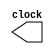
          
module clkgenerator(clock);                 
output reg clock;  
initial
clock = 1;
always 
begin
#3
clock = ~ clock;

end
endmodule
/* this module is made by me to check communication between bus , processor and I/O .. neglect it 
module device(IOIP,IOwrite);
output IOIP;
input IOwrite;
reg [31:0] buffers [0:31];
integer k;
initial
begin
for ( k =0;k<32;k=k+1)
buffers[k]<=k;
end
endmodule
*/

module RegisterFile (ReadData1, ReadData2, Readreg1, Readreg2, Writereg,source,destination, RegWrite,op,type,clk,data);

/*
the interface of the RegisterFile which has the following:
 1- Three 5 bits inputs which are the adressess of the wanted registers
 2- Two 1 bit input of RegWrite if we want to write data and the input clock
 3- One input of 32 bits which is the data we will write if RegWrite input is true 
 4- Two outputs of 32 bits which represent the data read from the two Registers with the address of ReadReg1 & ReadReg2
 5- Thirty Two Registers with 32 bits each to assign the read data from the registers with the adressess of ReadReg1 & ReadReg2*/ 



input RegWrite,clk;
input [1:0] op,type;
integer WriteData; // modified from reg [31:0] to integer for -ve numbers 
input [3:0]Readreg1,Readreg2,Writereg; 
input [7:0] source,destination;
output [31:0] ReadData1, ReadData2;
reg [31:0] Register [0:15];

inout [31:0] data; 
wire[31:0] fake_WriteData;
reg [31:0] fake_read;
assign data = ((op !=2'b01)&&(op !=2'b10)&&(op !=2'b11))? fake_read : 32'bzzzzzzzzzzzzzzzzzzzzzzzzzzzzzzzz;  //data is in output mode 
assign fake_WriteData = ((op !=2'b01)&&(op !=2'b10)&&(op !=2'b11))? 32'bzzzzzzzzzzzzzzzzzzzzzzzzzzzzzzzz : data; //data is in input mode



assign ReadData1 = Register[Readreg1];  
assign ReadData2 = Register[Readreg2];
 

integer k;
initial
begin
for ( k =0;k<16;k=k+1) 
Register[k]=k; 
end 
always @(negedge clk)
begin
if (op==2'b10) // add 
WriteData = ReadData1 + ReadData2;  
else if (op==2'b11) // sub
WriteData = ReadData1 - ReadData2;  
 
else if ((op==2'b01&&type==2'b00) || (op==2'b01&&type==2'b11) ) // lw from memory , lw from IO device 
WriteData =fake_WriteData; 

else
WriteData = 32'bx;
end  
always @(posedge clk)
begin
if ((op==2'b00&&type==2'b00) || (op==2'b00&&type==2'b11)) // sw to memory , sw to IO device
begin
fake_read =Register[source]; 
end 
end
always @(negedge clk)
begin
if(RegWrite ==1)
begin
if (op==2'b10 || op == 2'b11)
 Register[Writereg] = WriteData; 
else if ((op==2'b01&&type==2'b00) || (op==2'b01&&type==2'b11) ) // lw from memory , lw from IO device 
 Register[destination] = WriteData; 
end

 
end

initial
begin
#6 // because it takes 6 time units to reach first posedge 
// $monitor("op is %d,rreg1 is %d, rreg2 is %d,wreg is %d,regw is %d,RD1 is %d,RD2 is %d,WD is %d ,clk is %b",op,Readreg1,Readreg2,Writereg,RegWrite,ReadData1,ReadData2,WriteData,clk);
$monitor("fakeread is %d,data is %d,clk is %b",fake_read,data,clk); 
end

endmodule

module processor(grant,IOWrite1,IOWrite2,memwrite,instruction,clock,databus,IOIP1,IOIP2); // I/O1 interrupt , I/O2 interrupt 
input [25:0] instruction ;
wire [3:0] Readreg1,Readreg2,Writereg;
wire [31:0] ReadData1, ReadData2; 
wire[1:0] op,type; 
wire [7:0] source,destination;
wire [5:0] count;
wire RegWrite; 
input clock,IOIP1,IOIP2; 
wire clk;
inout [31:0] databus;
wire[31:0] data; 
output reg grant,IOWrite1,IOWrite2,memwrite; 

assign Readreg1 = instruction[23:20];
assign Readreg2 = instruction[19:16];
assign Writereg = instruction[15:12];
assign op = instruction [25:24];
assign RegWrite = (op == 1 || op == 2 || op == 3)? 1 : 0;
assign clk = clock;
assign type = instruction [23:22];
assign source = instruction [21:14];
assign destination = instruction [13:6];
assign count = instruction [5:0];


assign databus = ((instruction [25:24] !=2'b01)&&(instruction [25:24] !=2'b10)&&(instruction [25:24]!=2'b11))? data : 32'bzzzzzzzzzzzzzzzzzzzzzzzzzzzzzzzz;  //bigdata is in output mode 
assign data = ((instruction [25:24]!=2'b01)&&(instruction [25:24] !=2'b10)&&(instruction [25:24] !=2'b11))? 32'bzzzzzzzzzzzzzzzzzzzzzzzzzzzzzzzz:databus; //bigdata is in input mode

RegisterFile RF1(ReadData1, ReadData2, Readreg1, Readreg2, Writereg,source,destination, RegWrite,op,type,clk,data);

initial
begin
if (op != 2'b10 && op != 2'b11) //modified by me , if it's add or sub we won't give grant to DMA
grant = 1;
else
grant = 0;
end

always @ (posedge clk) // generating I/Owrite1 , I/Owrite2 , memwrite for all instructions 
begin
if (op == 2'b00 && type ==2'b11)
begin
if (destination <= 223 && destination >= 192) // from Regfile to I/O1
begin
IOWrite1 = 1;
IOWrite2 = 1'bx;
memwrite = 1'bx;
end
else if (destination <= 255 && destination >= 224) // from Regfile to I/O2
begin
IOWrite1 = 1'bx;
IOWrite2 = 1;
memwrite = 1'bx;
end
end

else if (op == 2'b01 && type ==2'b01)
begin
if (destination <= 223 && destination >= 192) // from memory to I/O1
begin
IOWrite1 = 1;
IOWrite2 = 1'bx;
memwrite = 0;
end
else if (destination <= 255 && destination >= 224) // from memory to I/O2
begin
IOWrite1 = 1'bx;
IOWrite2 = 1;
memwrite = 0;
end
end

else if (op == 2'b00 && type ==2'b01)
begin
if (source <= 223 && source >= 192) // from I/O1 to memory 
begin
IOWrite1 = 0;
IOWrite2 = 1'bx;
memwrite = 1;
end
else if (source <= 255 && source >= 224) // from I/O2 to memory 
begin
IOWrite1 = 1'bx;
IOWrite2 = 0;
memwrite = 1;
end
end

else if (op == 2'b01 && type ==2'b11)
begin
if (source <= 223 && source >= 192) // from I/O1 to Regfile
begin
IOWrite1 = 0;
IOWrite2 = 1'bx;
memwrite = 1'bx;
end
else if (source <= 255 && source >= 224) // from I/O2 to Regfile
begin
IOWrite1 = 1'bx;
IOWrite2 = 0;
memwrite = 1'bx;
end
end

else if (op == 2'b00 && type == 2'b00) // from Regfile to memory
begin
IOWrite1 = 1'bx;
IOWrite2 = 1'bx;
memwrite = 1;
end

else if (op == 2'b01 && type == 2'b00) // from memory to Regfile 
begin
IOWrite1 = 1'bx;
IOWrite2 = 1'bx;
memwrite = 0;
end

else if ((op == 2'b00 && type == 2'b10) || (op == 2'b01 && type == 2'b10) ) // from memory to memory
begin    
IOWrite1 = 1'bx;
IOWrite2 = 1'bx;
memwrite = 0; // read from any place in memory at posedge
#3
IOWrite1 = 1'bx;
IOWrite2 = 1'bx;
memwrite = 1; // write in  any place in memory at negedge of same cycle 
end

else 
begin
IOWrite1 = 1'bx;
IOWrite2 = 1'bx;
memwrite = 1'bx;
end

end
/*
initial
begin
#6 // because it takes 6 time units to reach first posedge 
$monitor("op is %d,type is %d, source is %d,destination is %d,I/OW1 is %d,I/OW2 is %d,memwrite is %d,clk is %b",op,type,source,destination,IOWrite1,IOWrite2,memwrite,clk);
end
*/
endmodule


module processor_tb(); 
wire[31:0]databus;

reg [25:0]instruction;
clkgenerator c1(clock);
wire grant,IOWrite1,IOWrite2,memwrite,IOIP1,IOIP2;
reg [31:0] datamemory[0:8191];
reg [25:0] instructionmemory[0:8191];
reg [31:0]datain;
integer r,p;
initial
begin
$readmemb("E:\Folder2/datafile.txt",datamemory);
$readmemb("E:\FOLDER/instructionfile.txt",instructionmemory);
end
initial
begin
for(r=0;r<8191;r=r+1)
begin 
#6
datain=datamemory[r]; 
end
end

initial
begin
for(p=0;p<8191;p=p+1)
begin
#6
instruction=instructionmemory[p]; 
end

end

processor p1(grant,IOWrite1,IOWrite2,memwrite,instruction,clock,databus,IOIP1,IOIP2);
assign databus = ((instruction [25:24]!=2'b01)&&(instruction [25:24] !=2'b10)&&(instruction [25:24] !=2'b11))? 32'bzzzzzzzzzzzzzzzzzzzzzzzzzzzzzzzz : datain;
initial 
begin
 

/*
#6
instruction = 26'b00_00_01100110_00001110_000000;
#6
instruction = 26'b00_01_11011101_10100101_000000;
#6
instruction = 26'b00_10_11001100_00110011_000000;
#6
instruction = 26'b00_11_10101010_11001000_000000;
#6
instruction = 26'b01_00_11100011_00011000_000000;
#6
instruction = 26'b01_01_11110000_11110101_000000;
#6
instruction = 26'b01_10_00110110_10001010_000000;
#6
instruction = 26'b01_11_11111010_11000011_000000;

#6
instruction = 26'b10_00_11011011_00100100_000000;
#6
instruction = 26'b10_01_10100101_11111111_000000; 
#6
instruction = 26'b10_01_11000110_11001100_000000;   
#6
instruction = 26'b10_11_01101101_01111100_000000;
#6
instruction = 26'b11_00_01111110_00000100_000000;
#6
instruction = 26'b11_01_01111101_01101111_000000;
#6
instruction = 26'b11_10_11111110_01111111_000000;
#6
instruction = 26'b11_11_10101111_00111111_000000;

*/

end
endmodule